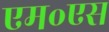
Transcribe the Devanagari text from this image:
एम॰एस